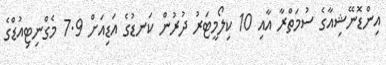
އިންޑޮނޭޝިއާގެ ސުމަތްރާ އާއި 10 ކިލޯމީޓަރު ދުރުން ކަނޑުގެ އަޑިއަށް 7.9 މެގްނިޓިއުޑްގެ